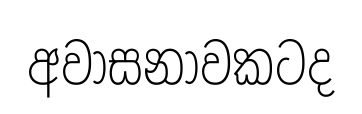
අවාසනාවකටද